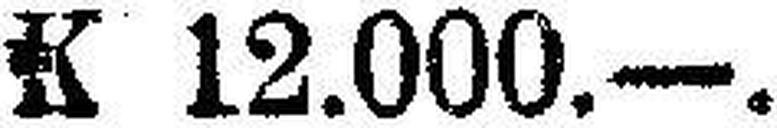
K 12.000.—.